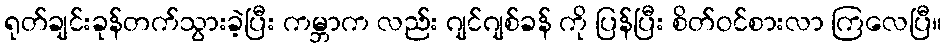
ရုတ်ချင်းခုန်တက်သွားခဲ့ပြီး ကမ္ဘာက လည်း ဂျင်ဂျစ်ခန် ကို ပြန်ပြီး စိတ်ဝင်စားလာ ကြလေပြီ။